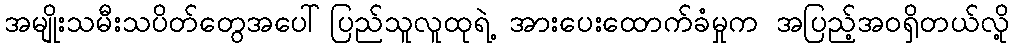
အမျိုးသမီးသပိတ်တွေအပေါ်ပြည်သူလူထုရဲ့ အားပေးထောက်ခံမှုက အပြည့်အဝရှိတယ်လို့